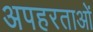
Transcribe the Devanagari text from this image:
अपहरताओं